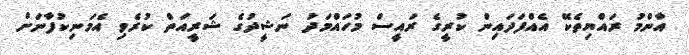
އާންމު ރައްޔިތެކޭ އެއްފަދައިން ކުރީގެ ރައީސް މުހައްމަދު ނަޝީދުގެ ޝަރީއަތް ކުރެވި އެމަނިކުފާނަށް